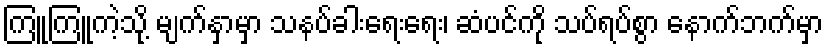
ကြူကြူကဲ့သို့ မျက်နှာမှာ သနပ်ခါးရေးရေး၊ ဆံပင်ကို သပ်ရပ်စွာ နောက်ဘက်မှာ